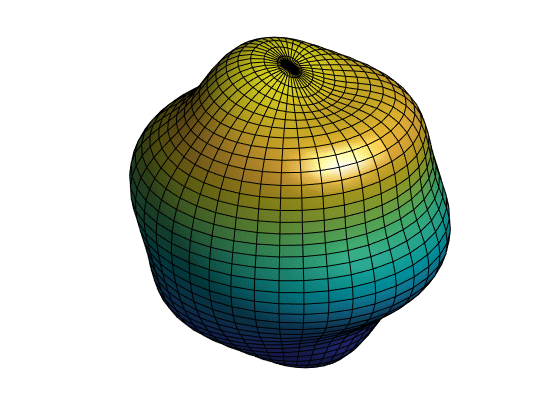
matlab, legendre, meshgrid, surf, light, lighting